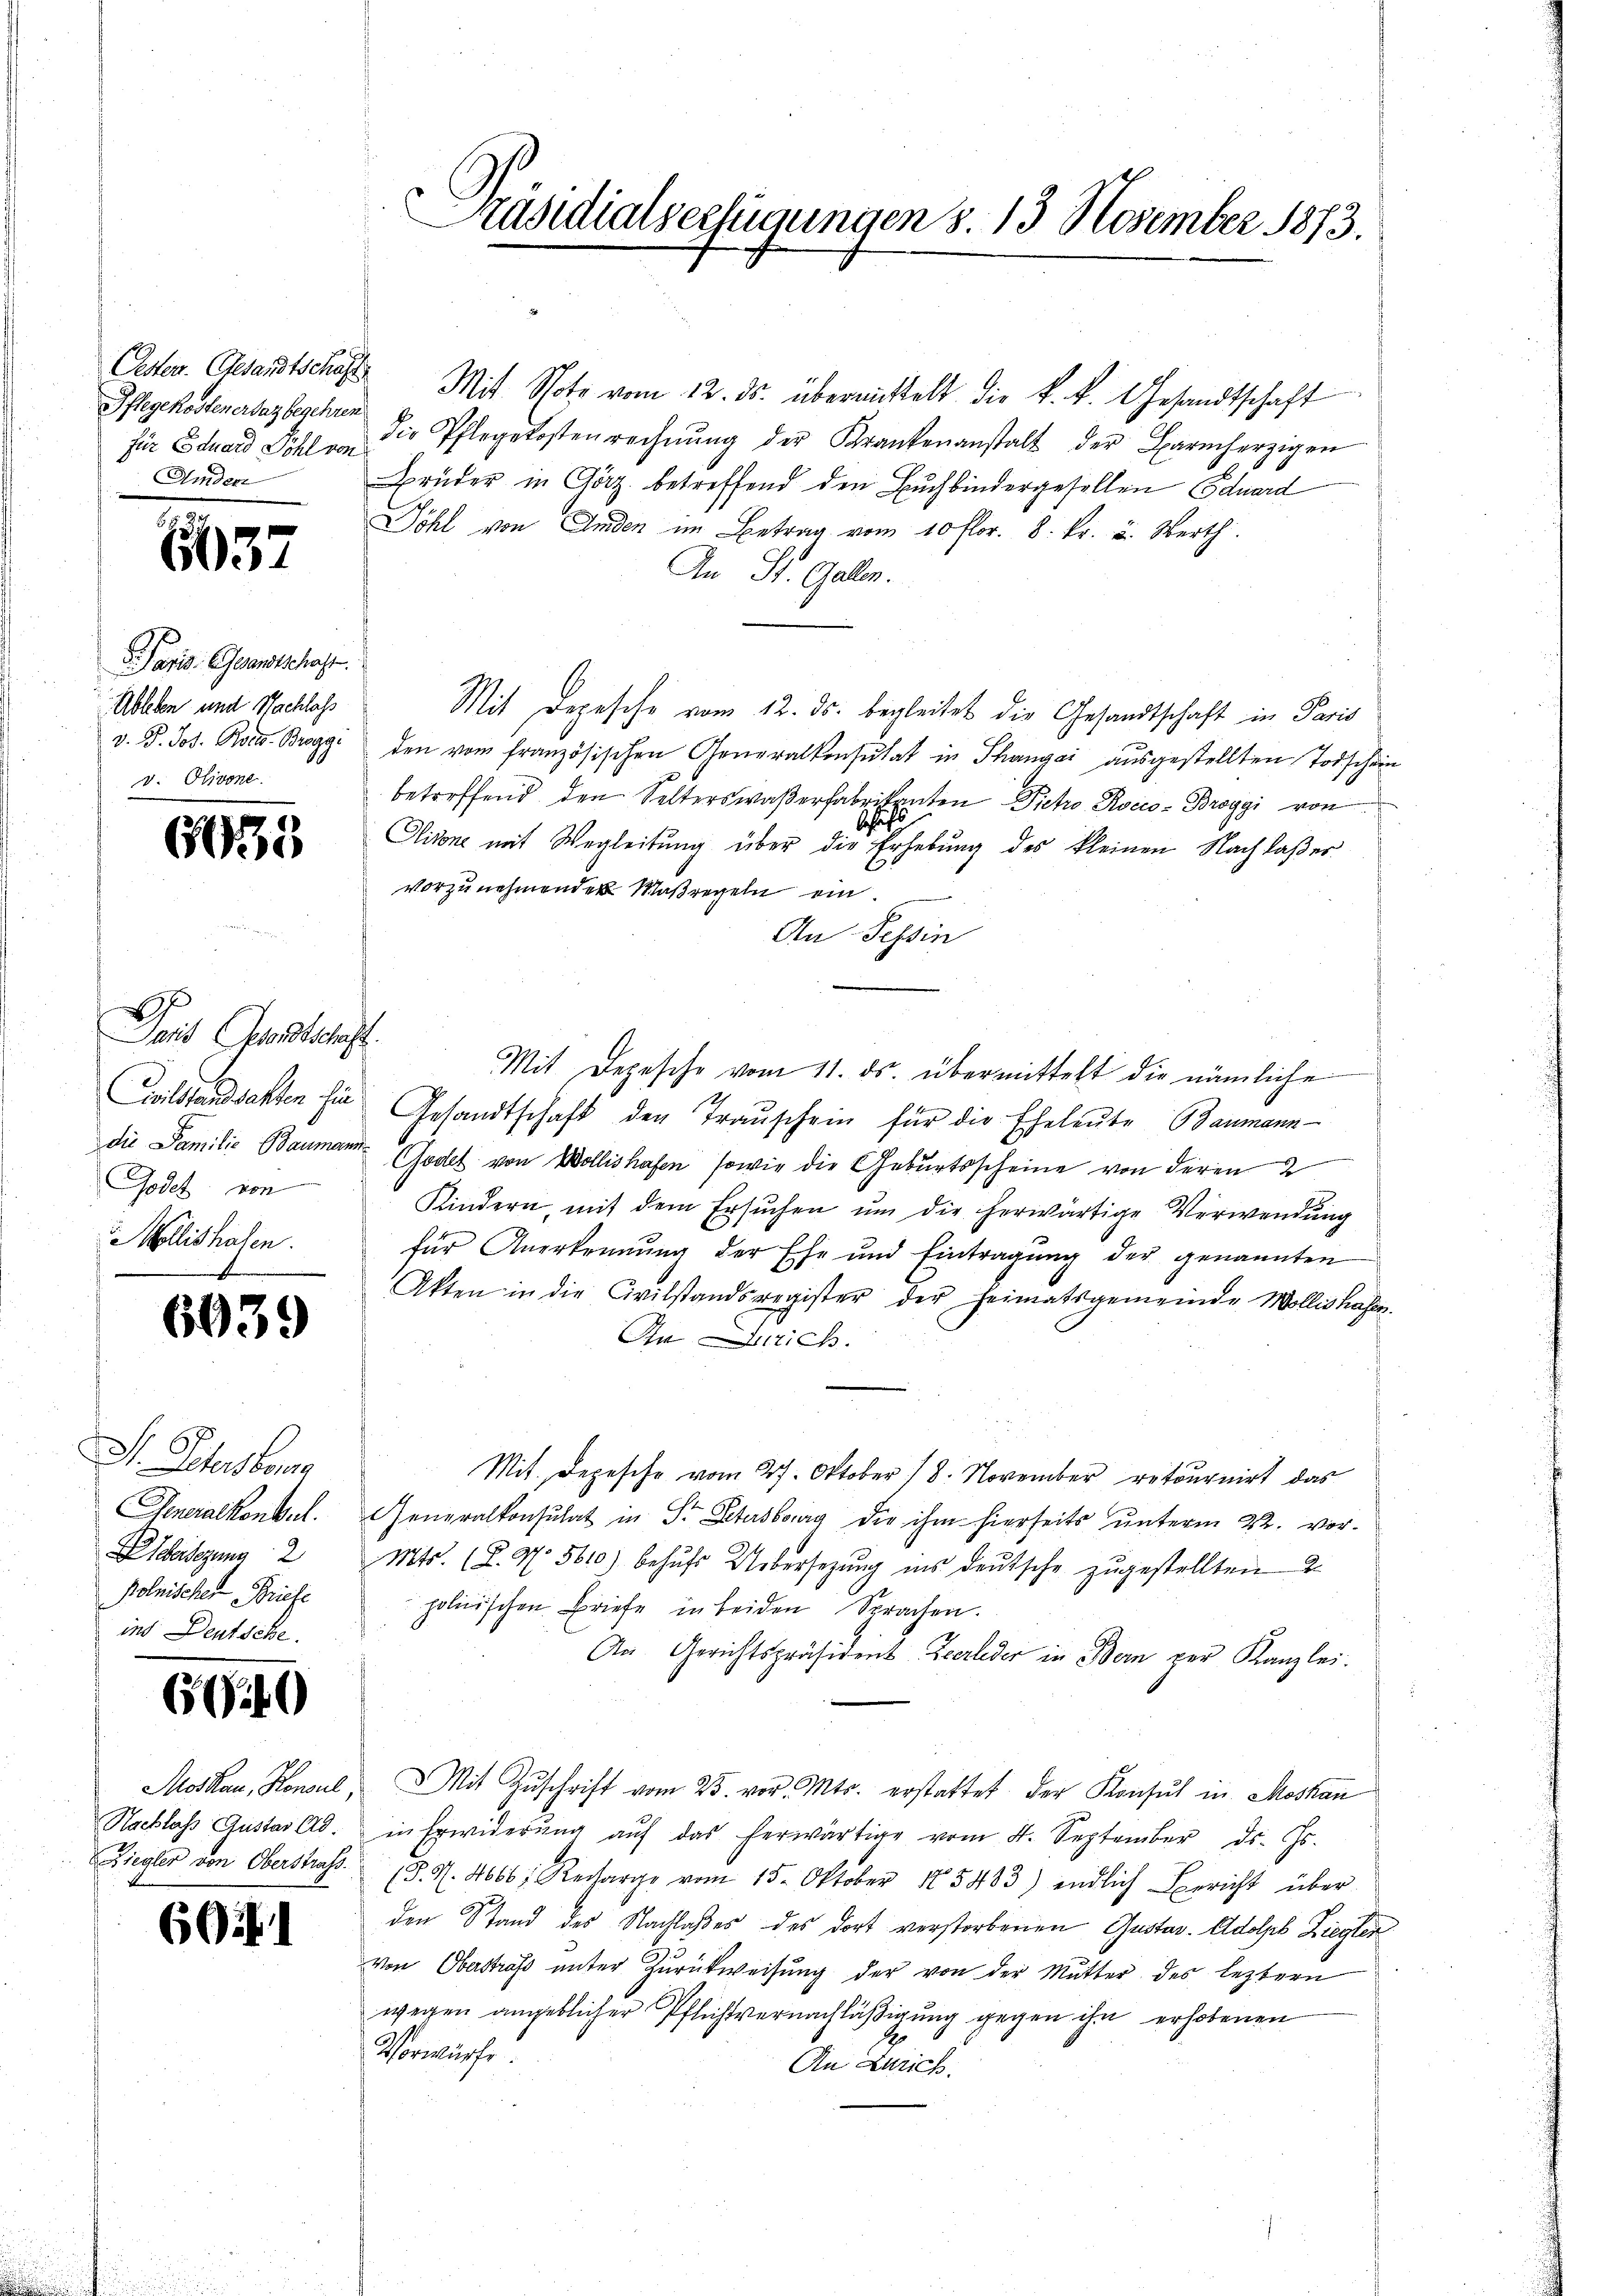
Pflegekostener daz begehren
für Eduard Röhl von
Amden

5

Pasis. Gesandtschaft.
Ableben und Nachlass
v. J. Jos. Roel-Broggi
v. Olivone

Tait Gesandtschaft.
Coilstandsachten hie
die Familie Baumann
Godet, von
Mollishaben.

6

69.)

6035

6039

I. Peterkenn
Generalkontul.
berlegung 2
Polnischer Briefe
ins Deutsche

¬

)

Moskau, Konsul,
Hacklass Gustav Ad.
Ziegler von Oberstraf.

Präsidialverfügungen 8. 13 November 1873.

Oester. Cesandtschaft Mit Note vom 12. ds. übermittelt die k. k. Gesandtschaft
Die Pflegekostenrechnŭng der Krankenanstalt der Barmherzigen
Brüder in Götz betreffend den Buchbindergesellen Eduard
Döhl von Anden im Betrag vom 10 flor. 8. Fr. u. Werth
An St. Gallen.
Mit Depesche vom 12. ds. begleitet die Gesandtschaft in Paris
den vom französischen Generalkonsulat in Thangai ausgestellten Todschein
betreffend den Selterswaßerfabrikanten Pietro Rocco- Broggi von
schrift
Olivone mit Wegleitung über die Erhebung des kleinen Nachlaßes
vorzunehmenden Maßregeln ein.
An Tessin
Mit Depesche vom 11. ds. übermittelt die nämliche
Gesandtschaft den Trauschein für die Eheleute Baumann-
Godel von Wollishafen, sowie die Geburtsscheine von deren
Kindern, mit dem Ersŭchen ŭm die herwärtige Verwendŭng
für Anerkennung der Ehe und Eintragung der genannten
Akten in die Civilstandsregister der Heimatsgemeinde Mollishafer.
An rich
Mit. Depesche vom 27. Oktober 18. November retournirt das
Generalkonsulat in St. Petersberg die ihm hierseits unterm 22. vor-
Mts. (T. N. 5610) behŭfs Uebersetzŭng ins deutsche zŭgestellten
polnischen Briefe in beiden Sprachen.
An Gerichtspräsident Zeerleder in Bern per Kanzlei.
Mit Zŭschrift vom 25. vor. Mts. erstattet der Konsul in Moskau
in Erwiderŭng auf das herwärtige vom 4. September ds. Gs.
(§. 1. 4666; Recharge vom 15. Oktober 185483) endlich Bericht über
den Stand des Nachlaßes des dort verstorbenen Gustav Adolph Liegler
von Oberstraf unter Zurückweisung der von der Mutter des leztern
wegen angeblicher Pflichtvernachläßigung gegen ihn erhobenen
Vorwürfe
An Zürich.